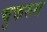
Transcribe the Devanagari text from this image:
चुकरुस